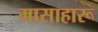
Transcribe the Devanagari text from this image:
मासाहारू